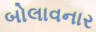
બોલાવનાર